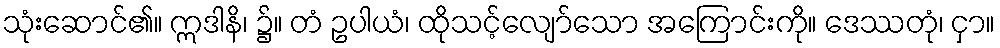
သုံးဆောင်၏။ ဣဒါနိ၊ ၌။ တံ ဥပါယံ၊ ထိုသင့်လျော်သော အကြောင်းကို။ ဒေဿတုံ၊ ငှာ။